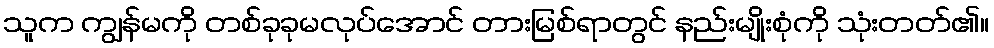
သူက ကျွန်မကို တစ်ခုခုမလုပ်အောင် တားမြစ်ရာတွင် နည်းမျိုးစုံကို သုံးတတ်၏။